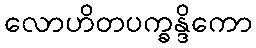
လောဟိတပက္ခန္ဒိကော